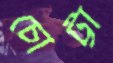
চোট্টা